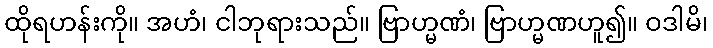
ထိုရဟန်းကို။ အဟံ၊ ငါဘုရားသည်။ ဗြာဟ္မဏံ၊ ဗြာဟ္မဏဟူ၍။ ဝဒါမိ၊